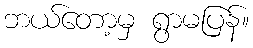
ဘယ်တော့မှ ရွာမပြန်။